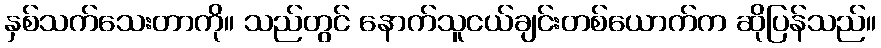
နှစ်သက်သေးတာကို။ သည်တွင် နောက်သူငယ်ချင်းတစ်ယောက်က ဆိုပြန်သည်။